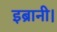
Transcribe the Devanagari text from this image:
इब्रानी।